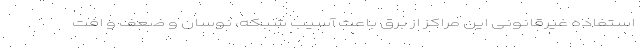
استفاده غیرقانونی این مراکز از برق باعث آسیب شبکه، نوسان و ضعف و افت